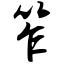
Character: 笮